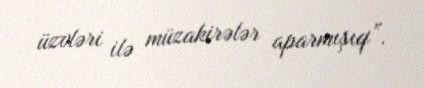
üzvləri ilə müzakirələr aparmışıq”.